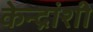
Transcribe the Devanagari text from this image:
केन्द्रांशी